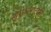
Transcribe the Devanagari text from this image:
न्यूरोअनाटोमी